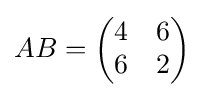
AB={\begin{pmatrix}4&6\\6&2\end{pmatrix}}